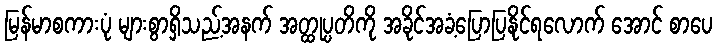
မြန်မာစကားပုံ များစွာရှိသည့်အနက် အတ္ထုပ္ပတိကို အခိုင်အခံ့ပြောပြနိုင်ရလောက် အောင် စာပေ